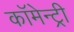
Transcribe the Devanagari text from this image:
कॉमेन्ट्री